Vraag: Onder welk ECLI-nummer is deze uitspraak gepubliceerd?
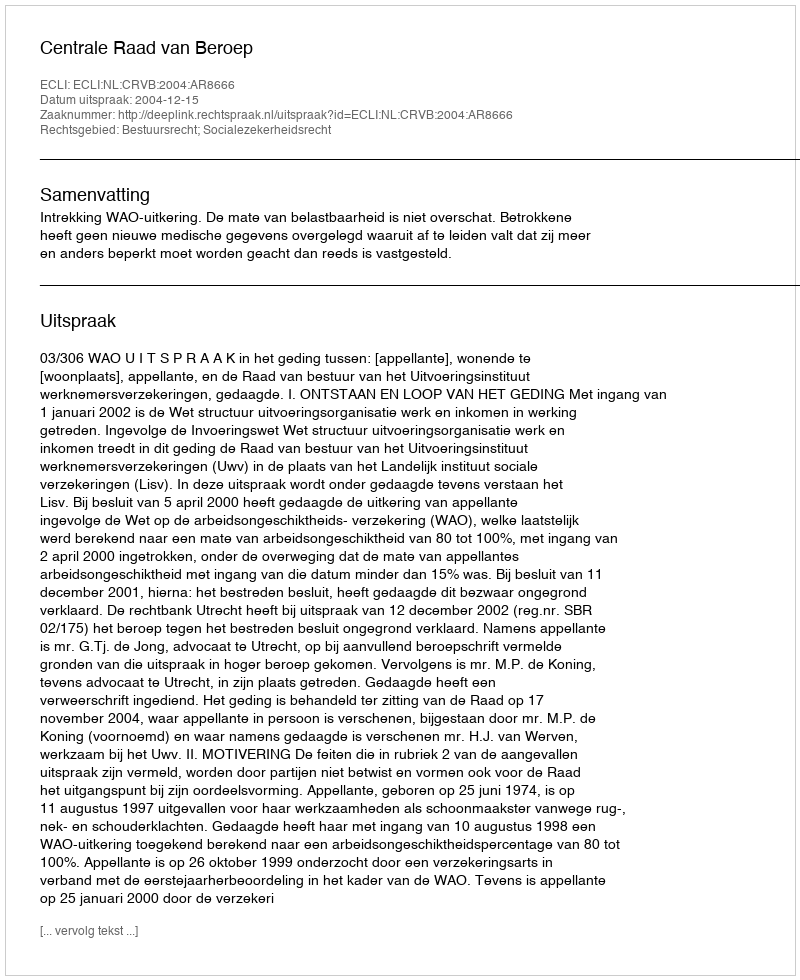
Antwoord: ECLI:NL:CRVB:2004:AR8666